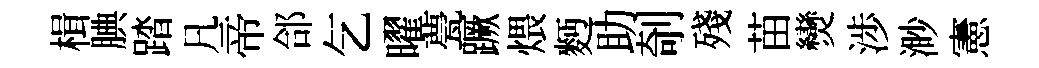
楫腆踏凡帝郃乞曜甍蹶煨麪助剞殘苗𤓖渉渺憲